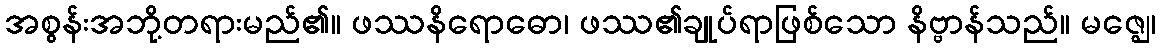
အစွန်းအဘို့တရားမည်၏။ ဖဿနိရောဓော၊ ဖဿ၏ချုပ်ရာဖြစ်သော နိဗ္ဗာန်သည်။ မဇ္ဈေ၊